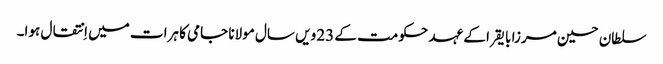
سلطان حسین مرزا بایقرا کے عہد حکومت کے 23 ویں سال مولانا جامی کا ہرات میں اِنتقال ہوا۔